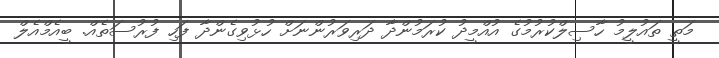
މަތީ ތައުލީމު ހާސިލްކުރުމުގެ އުއްމީދު ކުރަމުންދާ ދަރިވަރުންނަށް ހުޅުވިގެންދާ ފަހި ފުރުސަތެއް. ބީއެމްއެލް